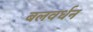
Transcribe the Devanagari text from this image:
बलवर्धन